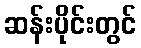
ဆန်းပိုင်းတွင်